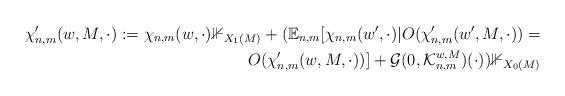
LaTeX: \begin{align*} \chi_{n,m}'(w, M, \cdot) := \chi_{n,m}(w, \cdot) \mathbb{1}_{X_1(M)} + (\mathbb{E}_{n,m}[\chi_{n,m}(w', \cdot) | O(\chi_{n,m}'(w', M, \cdot)) = \\ O(\chi_{n,m}'(w, M, \cdot))] + \mathcal{G}(0, \mathcal{K}_{n,m}^{w,M})(\cdot)) \mathbb{1}_{X_0(M)} \end{align*}